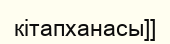
кітапханасы]]